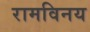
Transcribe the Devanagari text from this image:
रामविनय